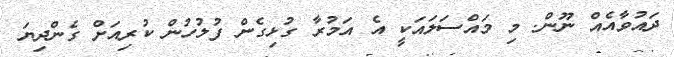
ދައުވާއެއް ނޫން. މި މައްސަލައަކީ އެ އަމުރާ ގުޅިގެން ފުލުހުން ކުރިއަށް ގެންދިޔަ